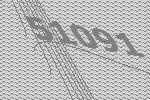
51091